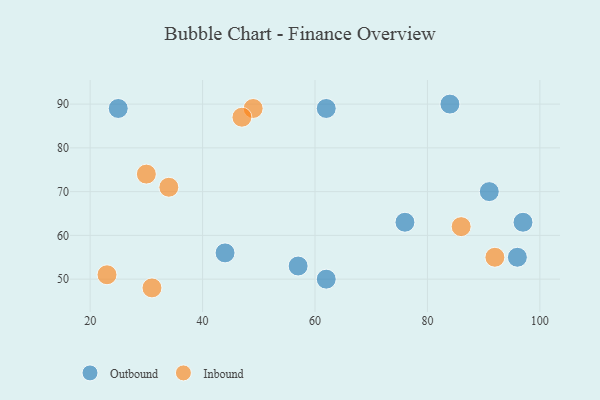
{"axis": {"x": "GDP", "y": "Life Expectancy"}, "legend": ["Inbound", "Outbound"], "data": [{"x": "62", "y": 50, "type": "Outbound"}, {"x": "97", "y": 63, "type": "Outbound"}, {"x": "62", "y": 89, "type": "Outbound"}, {"x": "57", "y": 53, "type": "Outbound"}, {"x": "91", "y": 70, "type": "Outbound"}, {"x": "96", "y": 55, "type": "Outbound"}, {"x": "25", "y": 89, "type": "Outbound"}, {"x": "76", "y": 63, "type": "Outbound"}, {"x": "84", "y": 90, "type": "Outbound"}, {"x": "44", "y": 56, "type": "Outbound"}, {"x": "92", "y": 55, "type": "Inbound"}, {"x": "30", "y": 74, "type": "Inbound"}, {"x": "23", "y": 51, "type": "Inbound"}, {"x": "49", "y": 89, "type": "Inbound"}, {"x": "47", "y": 87, "type": "Inbound"}, {"x": "86", "y": 62, "type": "Inbound"}, {"x": "31", "y": 48, "type": "Inbound"}, {"x": "34", "y": 71, "type": "Inbound"}]}